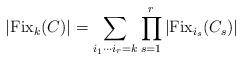
LaTeX: \begin{align*} |{\rm Fix}_k(C)| &= \sum_{i_1\cdots i_r=k} \prod_{s=1}^r |{\rm Fix}_{i_s}(C_s)| \end{align*}